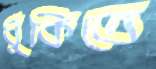
ধুঁকিতে